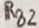
Text: RB2